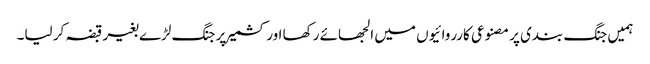
ہمیں جنگ بندی پر مصنوعی کارروائیوں میں الجھائے رکھا اور کشمیر پر جنگ لڑے بغیر قبضہ کر لیا۔